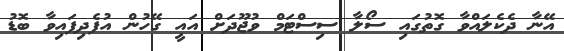
އޭނާ ދެކެލައްވާ ގޮތުގައި ސޯލާ ސިސްޓަމް ވުޖޫދަށް އައީ ގޭހުން އުފެދިފައިވާ ބޮޑު